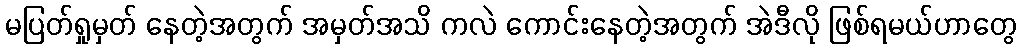
မပြတ်ရှုမှတ် နေတဲ့အတွက် အမှတ်အသိ ကလဲ ကောင်းနေတဲ့အတွက် အဲဒီလို ဖြစ်ရမယ်ဟာတွေ